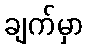
ချက်မှာ